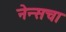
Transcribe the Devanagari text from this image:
नेन्सचा